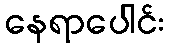
နေရာပေါင်း